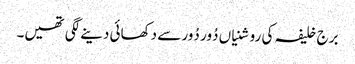
برج خلیفہ کی روشنیاں دُور دُور سے دکھائی دینے لگی تھیں۔